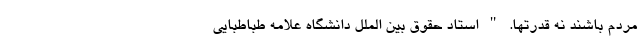
مردم باشند نه قدرتها. " استاد حقوق بین الملل دانشگاه علامه طباطبایی